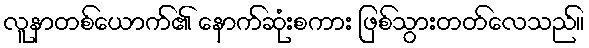
လူနာတစ်ယောက်၏ နောက်ဆုံးစကား ဖြစ်သွားတတ်လေသည်။